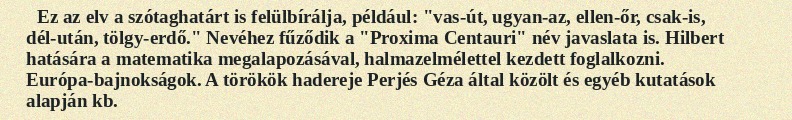
Ez az elv a szótaghatárt is felülbírálja, például: "vas-út, ugyan-az, ellen-őr, csak-is, dél-után, tölgy-erdő." Nevéhez fűződik a "Proxima Centauri" név javaslata is. Hilbert hatására a matematika megalapozásával, halmazelmélettel kezdett foglalkozni. Európa-bajnokságok. A törökök hadereje Perjés Géza által közölt és egyéb kutatások alapján kb.